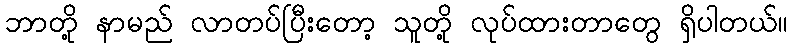
ဘာတို့ နာမည် လာတပ်ပြီးတော့ သူတို့ လုပ်ထားတာတွေ ရှိပါတယ်။